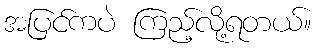
အပြင်ကပဲ ကြည့်လို့ရတယ်။